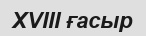
ХVIII ғасыр